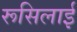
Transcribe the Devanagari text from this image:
रूसिलाई